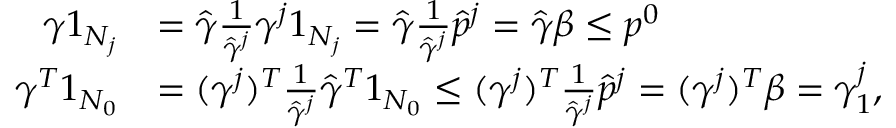
\begin{array} { r l } { \gamma 1 _ { N _ { j } } } & { = \hat { \gamma } \frac { 1 } { \hat { \gamma } ^ { j } } \gamma ^ { j } 1 _ { N _ { j } } = \hat { \gamma } \frac { 1 } { \hat { \gamma } ^ { j } } \hat { p } ^ { j } = \hat { \gamma } \beta \leq p ^ { 0 } } \\ { \gamma ^ { T } 1 _ { N _ { 0 } } } & { = ( \gamma ^ { j } ) ^ { T } \frac { 1 } { \hat { \gamma } ^ { j } } \hat { \gamma } ^ { T } 1 _ { N _ { 0 } } \leq ( \gamma ^ { j } ) ^ { T } \frac { 1 } { \hat { \gamma } ^ { j } } \hat { p } ^ { j } = ( \gamma ^ { j } ) ^ { T } \beta = \gamma _ { 1 } ^ { j } , } \end{array}